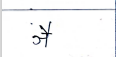
मजकूर: ञै